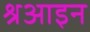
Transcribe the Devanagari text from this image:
श्रआइन